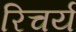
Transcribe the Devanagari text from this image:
रिचर्य